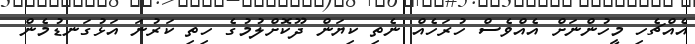
އެއްޗެހި މީހުންނަށް އެއްވެސް ހުރަހެއް ނެތި ކިޔަން ދޫކޮށްލުމުގެ ހިތި ކަރުނަ އަޅުގަނޑުމެން